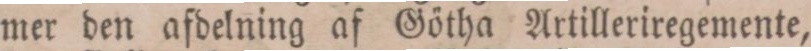
mer den afdelning af Götha Artilleriregemente,